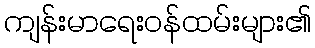
ကျန်းမာရေးဝန်ထမ်းများ၏